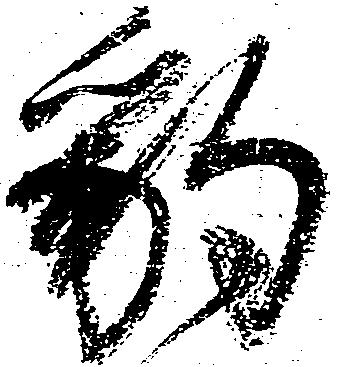
豹